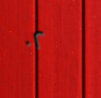
٠٢